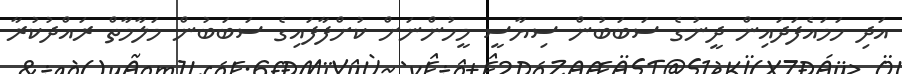
އަދި ހަމައެފަދައިން ދީނުގެ ސަބަބުން ސިޔާސީ މީހުންނަށް ކުށްފާފައިގެ ސަބަބުން މަލާމާތް ރައްދުކުރާ